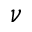
\nu